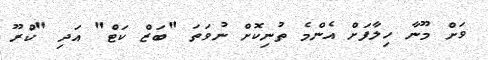
ވަށް މޫނާ ހިލާފަށް އެންމެ ތުނިކޮށް ނުވަތަ "ބަޒް ކަޓް" އަދި "ކްރޫ